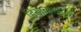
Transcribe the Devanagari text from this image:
हिंसाचारामुळे